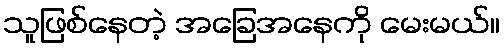
သူဖြစ်နေတဲ့ အခြေအနေကို မေးမယ်။